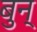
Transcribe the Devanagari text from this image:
बुन्‌